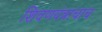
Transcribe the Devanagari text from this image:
शिवणयंत्राचाच